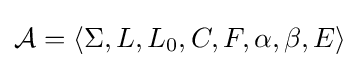
{\mathcal {A}}=\langle \Sigma ,L,L_{0},C,F,\alpha ,\beta ,E\rangle